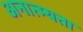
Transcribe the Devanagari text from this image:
अनात्म्यता